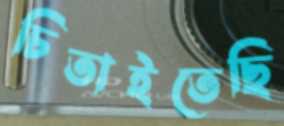
চিতাইতেছি